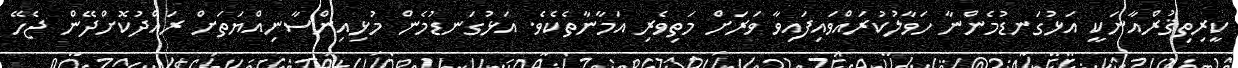
ކީރިތިޤުރްއާނަކީ އަޅުގަނޑުމެންނާ ހަވާލުކުރައްވައިފައިވާ ވަރަށް މަތިވެރި އަމާނާތެކެވެ. އަޅުގަނޑުމެން މުޅިއިންސާނިއްޔަތަށް ރައްދުކޮށްދޭން ޖެހޭ